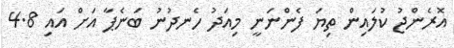
އޮރެންޖު ކުލައިން ތިޔަ ފެންނަނީ މިއަދު ހެނދުނު ބަނެޕާ އަށް އައި 4.8